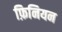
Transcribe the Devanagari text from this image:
फ़िनियन